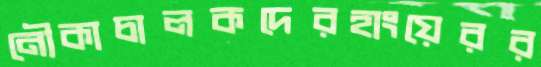
নৌকাচালকদেরহাংয়েরর